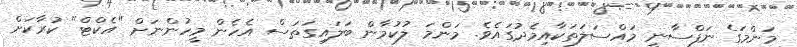
މަންމަގެ ނަފްސާނީ މައްސަލަތަކާއިމެދުގައެވެ. މަންމަ ލުކުމާން ބަލައިގަތަސް އެހެން މީހުންނަށް "އެކްޓް" ކުރާކަށް